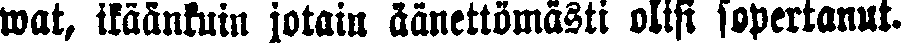
wat, ikäänkuin jotain äänettömästi olisi sopertanut.